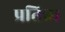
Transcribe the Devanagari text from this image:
प्रतिब्ध